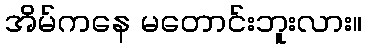
အိမ်ကနေ မတောင်းဘူးလား။